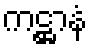
ကဋ္ဌာနံ